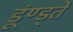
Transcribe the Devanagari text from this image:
डूंण्ड्ते